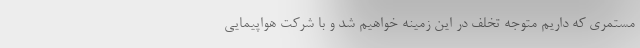
مستمری که داریم متوجه تخلف در این زمینه خواهیم شد و با شرکت هواپیمایی